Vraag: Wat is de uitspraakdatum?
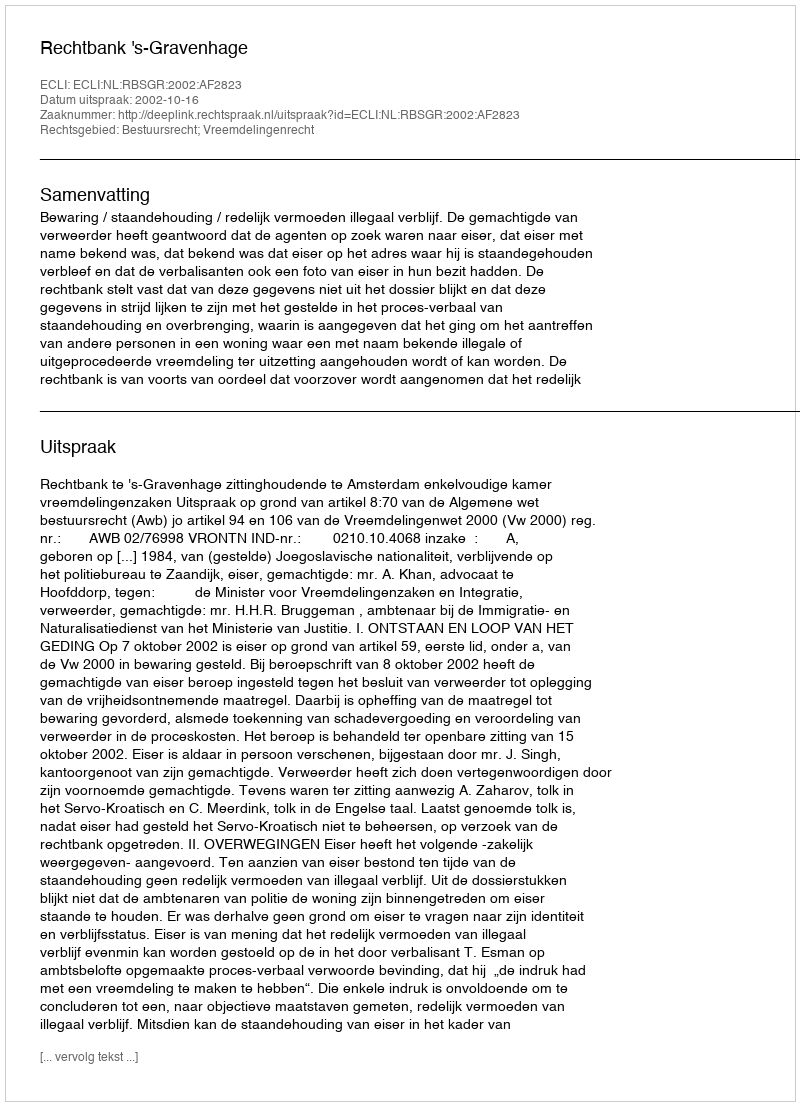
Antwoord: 2002-10-16